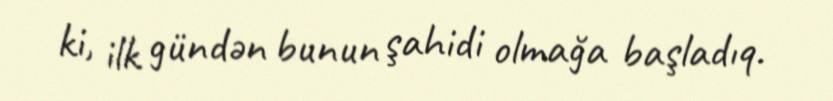
ki, ilk gündən bunun şahidi olmağa başladıq.